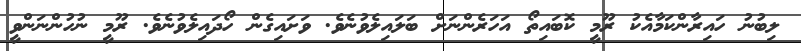
ލިބުނު ހައިރާންކަމާއެކު ރޫމީ ކޮބައިތޯ އަހަރެންނަށް ބަލައިލެވުނެވެ. ވަށައިގެން ހޯދައިލެވުނެވެ. ރޫމީ ނުހުންނަންވީ